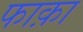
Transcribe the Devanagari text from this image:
फाक़ा